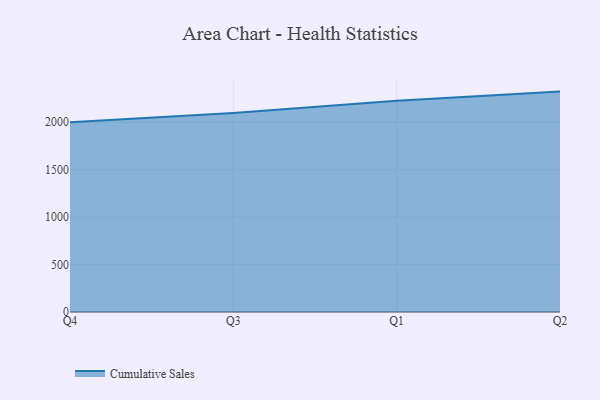
{"axis": {"x": "Quarter", "y": "Energy Usage (MWh)"}, "legend": ["Cumulative Sales"], "data": [{"x": "Q4", "y": 1999.7, "type": "Cumulative Sales"}, {"x": "Q3", "y": 2097.5, "type": "Cumulative Sales"}, {"x": "Q1", "y": 2226.3, "type": "Cumulative Sales"}, {"x": "Q2", "y": 2323.6, "type": "Cumulative Sales"}]}